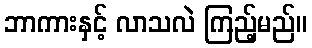
ဘာကားနှင့် လာသလဲ ကြည့်မည်။